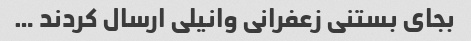
بجای بستنی زعفرانی وانیلی ارسال کردند …